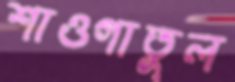
শাওগাতুল